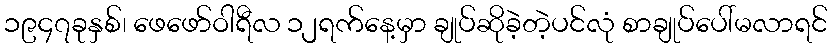
၁၉၄၇ခုနှစ်၊ ဖေဖော်ဝါရီလ ၁၂ရက်နေ့မှာ ချုပ်ဆိုခဲ့တဲ့ပင်လုံ စာချုပ်ပေါ်မလာရင်